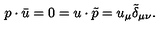
p \cdot \bar { u } = 0 = u \cdot \tilde { p } = u _ { \mu } \tilde { \delta } _ { \mu \nu } .